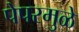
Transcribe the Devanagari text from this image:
पेपरमुळे